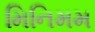
મિનિમમ